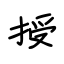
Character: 授